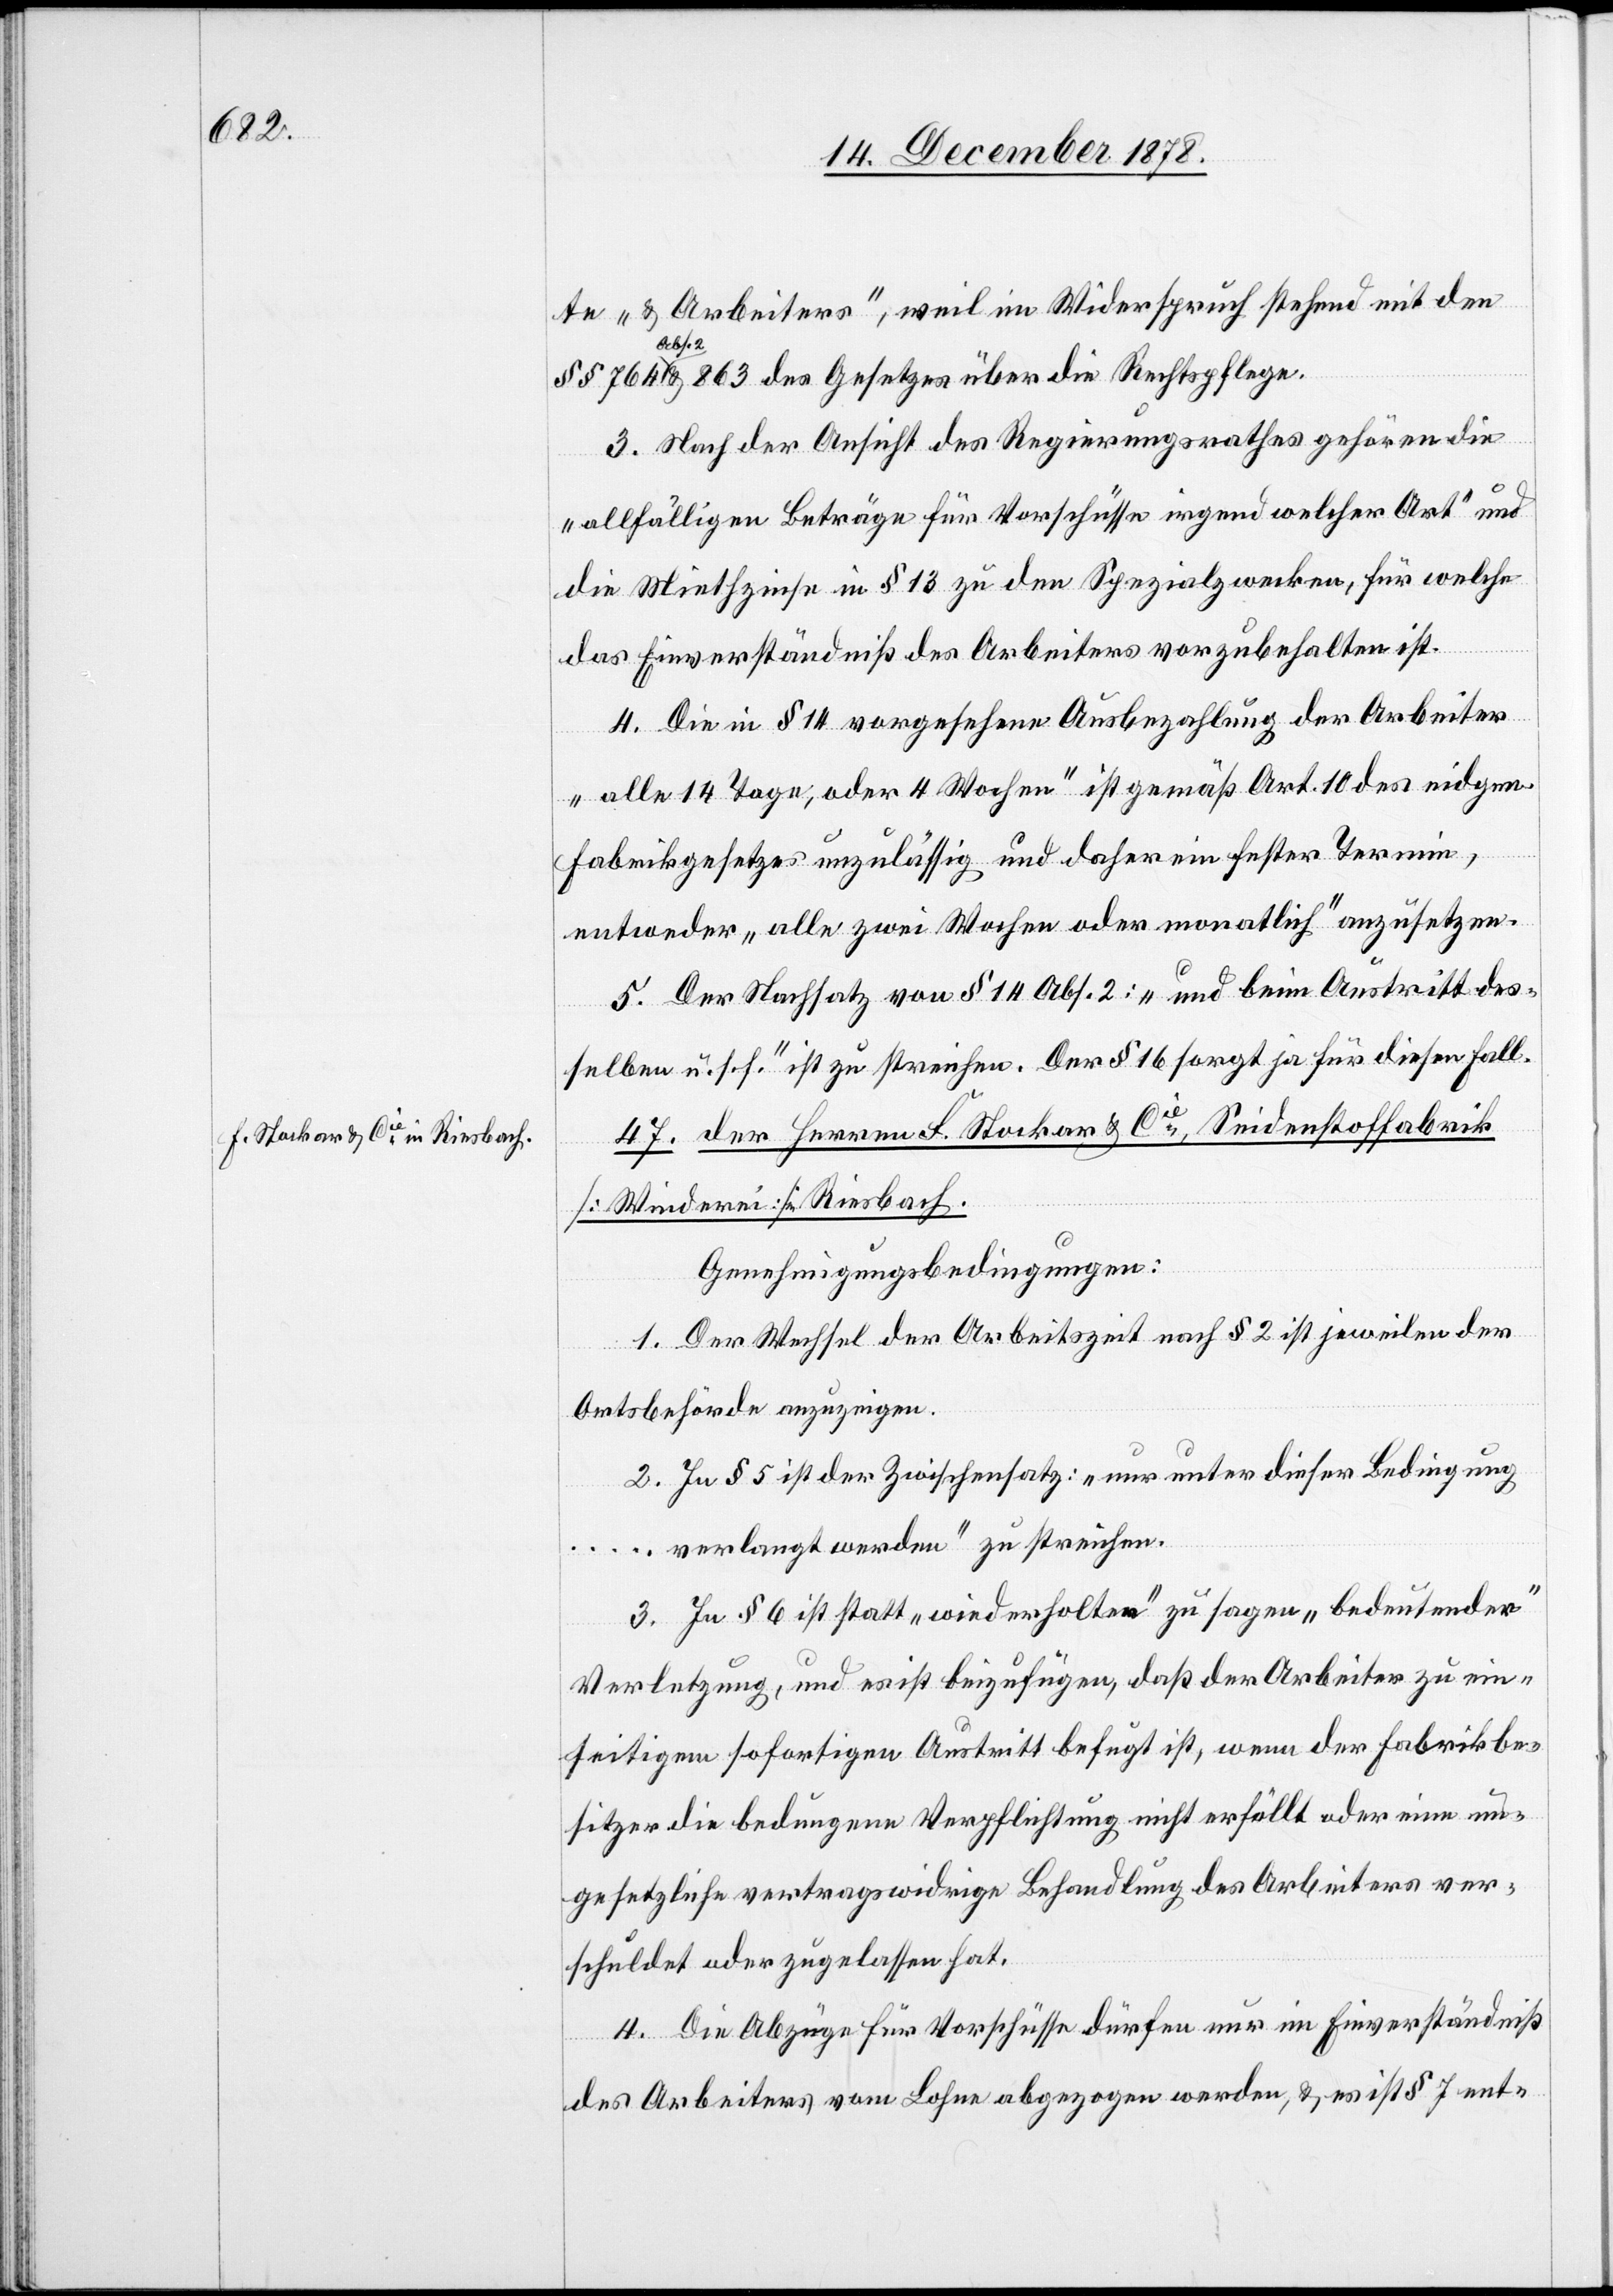
te „& Arbeiter“, weil im Widerspruch stehend mit den
Abs.
2 & 863 des Gesetzes über die Rechtspflege.
3. Nach der Ansicht des Regierungsrathes gehören die
„allfälligen Beträge für Vorschüsse irgend welcher Art“ und
die Miethzinse in § 13 zu den Spezialzwecken, für welche
das Einverständniß des Arbeiters vorzubehalten ist.
4. Die in § 14 vorgesehene Ausbezahlung der Arbeiter
„alle 14 Tage, oder 4 Wochen“ ist gemäß Art. 10 des eidgen.
Fabrikgesetzes unzulässig und daher ein fester Termin,
entweder „alle zwei Wochen oder monatlich“ anzusetzen.
5. Der Nachsatz von § 14 Abs. 2: „und beim Austritt des¬
selben u. s. f.“ ist zu streichen. Der § 16 sorgt ja für diesen Fall.
47. der Herren F. Stockar & Cie, Seidenstoffabrik
[Winderei] Riesbach.
Genehmigungsbedingungen:
1. Der Wechsel der Arbeitszeit nach § 2 ist jeweilen der
Ortsbehörde anzuzeigen.
2. In § 5 ist der Zwischensatz: „nur unter dieser Bedingung
… verlangt werden“ zu streichen.
3. In § 6 ist statt „wiederholten“ zu sagen „bedeutender“
Verletzung, und es ist beizufügen, daß der Arbeiter zu ein¬
seitigem sofortigen Austritt befugt ist, wenn der Fabrikbe¬
sitzer die bedungene Verpflichtung nicht erfüllt oder eine un¬
gesetzliche vertragswidrige Behandlung des Arbeiters ver¬
schuldet oder zugelassen hat.
4. Die Abzüge für Vorschüsse dürfen nur im Einverständniß
des Arbeiters vom Lohne abgezogen werden, & es ist § 7 ent-